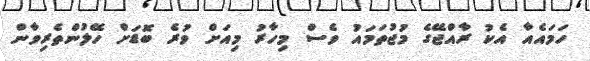
ހަމައެއާ އެކު ރާއްޖޭގެ މުޖުތަމައު ވެސް މިހާރު މިއަށް ވުރެ ބޮޑަށް ހޭލުންތެރިވާން